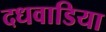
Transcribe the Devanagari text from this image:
दधवाडिया